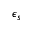
\epsilon _ { s }